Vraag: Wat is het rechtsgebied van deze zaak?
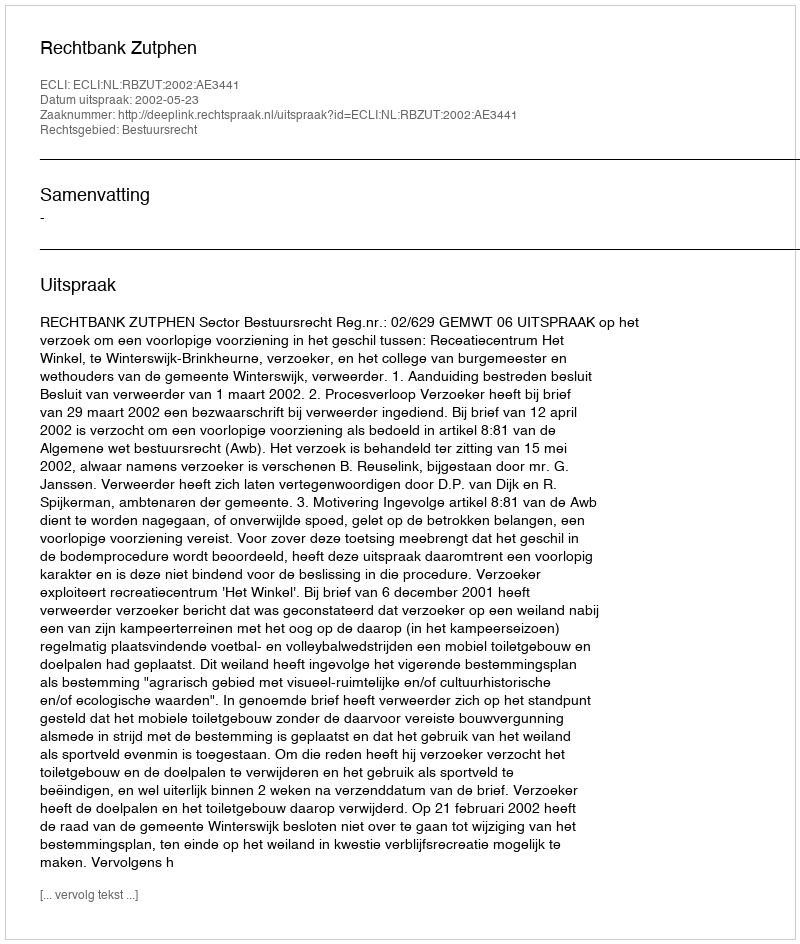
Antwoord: Bestuursrecht